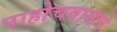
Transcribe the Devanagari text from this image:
पाहोचवायचे